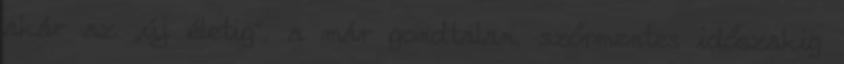
akár az „új életig”, a már gondtalan, szőrmentes időszakig